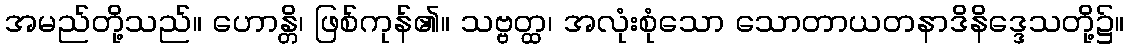
အမည်တို့သည်။ ဟောန္တိ၊ ဖြစ်ကုန်၏။ သဗ္ဗတ္ထ၊ အလုံးစုံသော သောတာယတနာဒိနိဒ္ဒေသတို့၌။